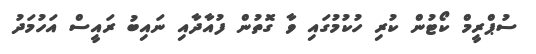
ސުޕްރީމް ކޯޓުން ކުރި ހުކުމުގައި ވާ ގޮތުން ފުއާދާއި ނައިބު ރައީސް އަހުމަދު